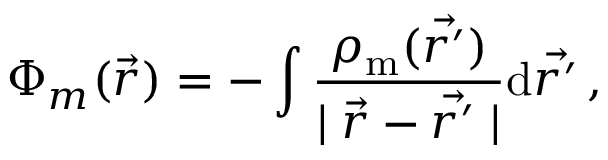
\Phi _ { m } ( \vec { r } ) = - \int \frac { \rho _ { \mathrm { m } } ( \vec { r ^ { \prime } } ) } { \mid \vec { r } - \vec { r ^ { \prime } } \mid } \mathrm { d } \vec { r ^ { \prime } } \, ,